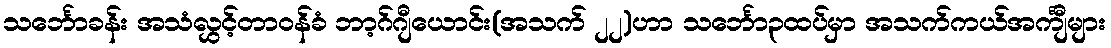
သင်္ဘောခန်း အသံလွှင့်တာဝန်ခံ ဘာ့ဂ်ဂျီယောင်း(အသက် ၂၂)ဟာ သင်္ဘော၃ထပ်မှာ အသက်ကယ်အင်္ကျီများ